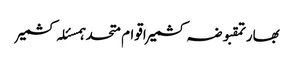
بھارتمقبوضہ کشمیراقوام متحدہمسئلہ کشمیر